Report on vaccination in the Province of Bengal - 1869-1873
Year: 1869
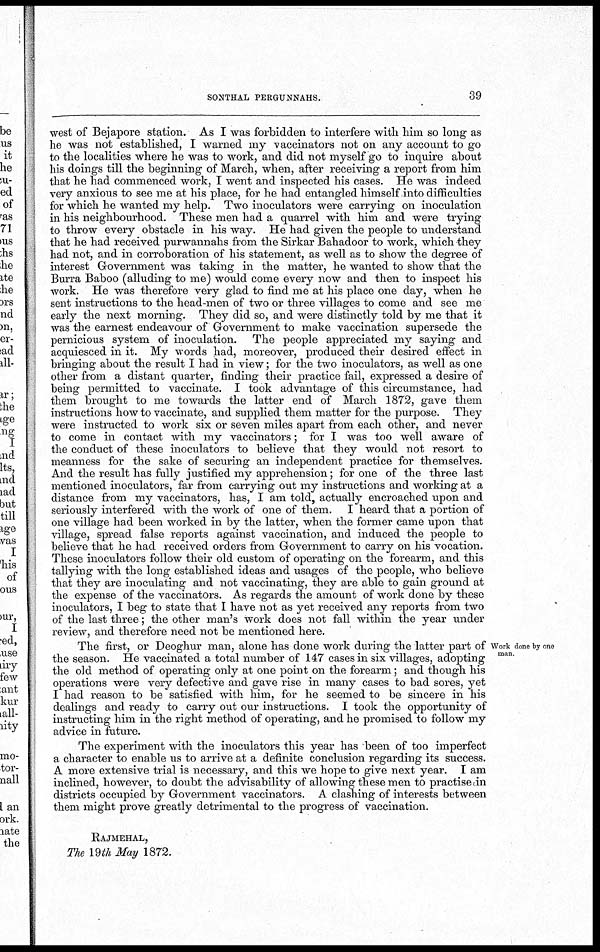
SONTHAL PERGUNNAHS.
39
west of Bejapore station. As I was forbidden to interfere with him so long as
he was not established, I warned my vaccinators not on any account to go
to the localities where he was to work, and did not myself go to inquire about
his doings till the beginning of March, when, after receiving a report from him
that he had commenced work, I went and inspected his cases. He was indeed
very anxious to see me at his place, for he had entangled himself into difficulties
for which he wanted my help. Two inoculators were carrying on inoculation
in his neighbourhood. These men had a quarrel with him and were trying
to throw every obstacle in his way. He had given the people to understand
that he had received purwannahs from the Sirkar Bahadoor to work, which they
had not, and in corroboration of his statement, as well as to show the degree of
interest Government was taking in the matter, he wanted to show that the
Burra Baboo (alluding to me) would come every now and then to inspect his
work. He was therefore very glad to find me at his place one day, when he
sent instructions to the head-men of two or three villages to come and see me
early the next morning. They did so, and were distinctly told by me that it
was the earnest endeavour of Government to make vaccination supersede the
pernicious system of inoculation. The people appreciated my saying and
acquiesced in it. My words had, moreover, produced their desired effect in
bringing about the result I had in view; for the two inoculators, as well as one
other from a distant quarter, finding their practice fail, expressed a desire of
being permitted to vaccinate. I took advantage of this circumstance, had
them brought to me towards the latter end of March 1872, gave them
instructions how to vaccinate, and supplied them matter for the purpose. They
were instructed to work six or seven miles apart from each other, and never
to come in contact with my vaccinators; for I was too well aware of
the conduct of these inoculators to believe that they would not resort to
meanness for the sake of securing an independent practice for themselves.
And the result has fully justified my apprehension; for one of the three last
mentioned inoculators, far from carrying out my instructions and working at a
distance from my vaccinators, has, I am told, actually encroached upon and
seriously interfered with the work of one of them. I heard that a portion of
one village had been worked in by the latter, when the former came upon that
village, spread false reports against vaccination, and induced the people to
believe that he had received orders from Government to carry on his vocation.
These inoculators follow their old custom of operating on the forearm, and this
tallying with the long established ideas and usages of the people, who believe
that they are inoculating and not vaccinating, they are able to gain ground at
the expense of the vaccinators. As regards the amount of work done by these
inoculators, I beg to state that I have not as yet received any reports from two
of the last three; the other man's work does not fall within the year under
review, and therefore need not be mentioned here.
Work done by one
man.
The first, or Deoghur man, alone has done work during the latter part of
the season. He vaccinated a total number of 147 cases in six villages, adopting
the old method of operating only at one point on the forearm; and though his
operations were very defective and gave rise in many cases to bad sores, yet
I had reason to be satisfied with him, for he seemed to be sincere in his
dealings and ready to carry out our instructions. I took the opportunity of
instructing him in the right method of operating, and he promised to follow my
advice in future.
The experiment with the inoculators this year has been of too imperfect
a character to enable us to arrive at a definite conclusion regarding its success.
A more extensive trial is necessary, and this we hope to give next year. I am
inclined, however, to doubt the advisability of allowing these men to practise in
districts occupied by Government vaccinators. A clashing of interests between
them might prove greatly detrimental to the progress of vaccination.
RAJMEHAL,
The 19th May 1872.